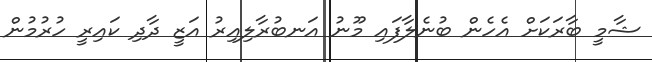
ޝާމީ ބާރަކަށް އެހެން ބުނެލާފައި މޫނު އަނބުރާލިއިރު އަޒީ ދާދި ކައިރީ ހުރުމުން